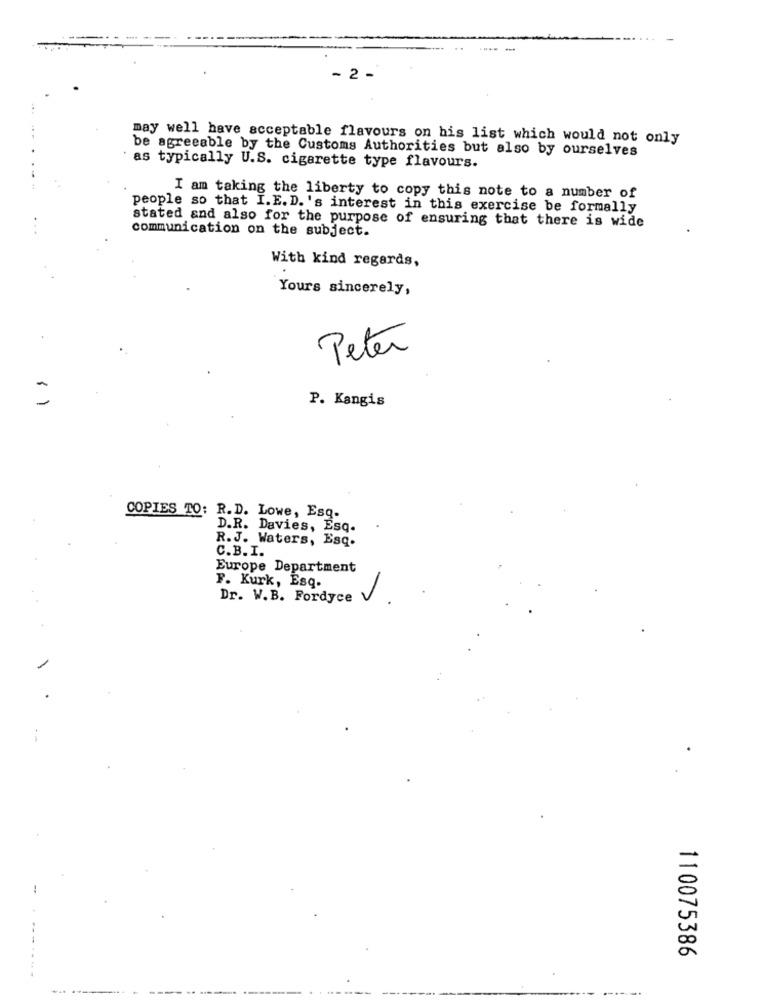
- 2 -
may well have acceptable flavours on his list which would not only
be agreeable by the Customs Authorities but also by ourselves
as typically U.S. cigarette type flavours.
I am taking the liberty to copy this note to a number of
people so that I.E. D. 's interest in this exercise be formally
stated and also for the purpose of ensuring that there is wide
communication on the subject.
With kind regards,
Yours sincerely,
Peter
P. Kangis
COPIES TO: R.D. Lowe, Esq.
D.R. Davies, Esq.
R.J. Waters, Esq.
C.B. I.
Europe Department
F. Kurk, Esq.
Dr. W.B. Fordyce V
110075386